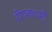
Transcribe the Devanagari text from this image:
दीपकधर्मी